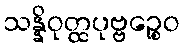
သန္နိဝုတ္ထပုဗ္ဗဉ္စေဝ